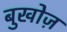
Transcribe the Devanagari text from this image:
बुखोज़